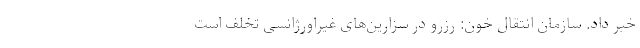
خبر داد. سازمان انتقال خون: رزرو در سزارین‌های غیراورژانسی تخلف است